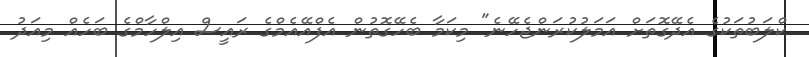
ކްލަބުތަކުގެ އެދޭގޮތަށް އަމަލުކުރަންޖެހޭނެ" މިކަމާ ބެހޭގޮތުން އެފްއޭއެމްގެ ރައީސް އިލްހާމްގެ ބަހެއް މިއަދު